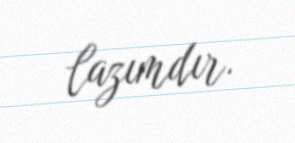
lazımdır.